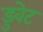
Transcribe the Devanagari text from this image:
डुवेट